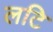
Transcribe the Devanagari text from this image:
लटि